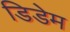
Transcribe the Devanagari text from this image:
डिडेम